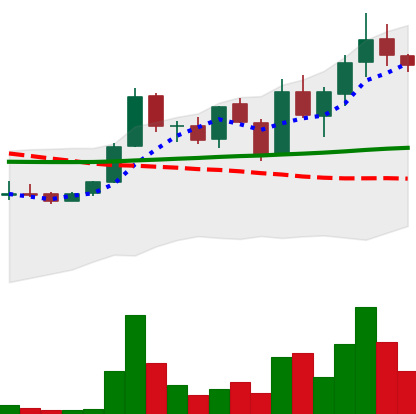
Ticker: LINK-USD
Chart end date: 2019-01-17
Forward return: 11.868%
Label: up_7plus